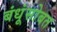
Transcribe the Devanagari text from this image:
बंधूंसोबत